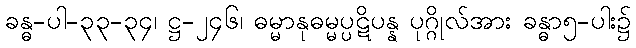
ခန္ဓ-ပါ-၃၃-၃၄၊ ဋ္ဌ-၂၄၆၊ ဓမ္မာနုဓမ္မပ္ပဋိပန္န ပုဂ္ဂိုလ်အား ခန္ဓာ၅-ပါး၌